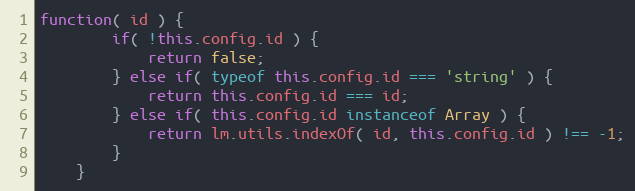
Language: JavaScript
function( id ) {
		if( !this.config.id ) {
			return false;
		} else if( typeof this.config.id === 'string' ) {
			return this.config.id === id;
		} else if( this.config.id instanceof Array ) {
			return lm.utils.indexOf( id, this.config.id ) !== -1;
		}
	}